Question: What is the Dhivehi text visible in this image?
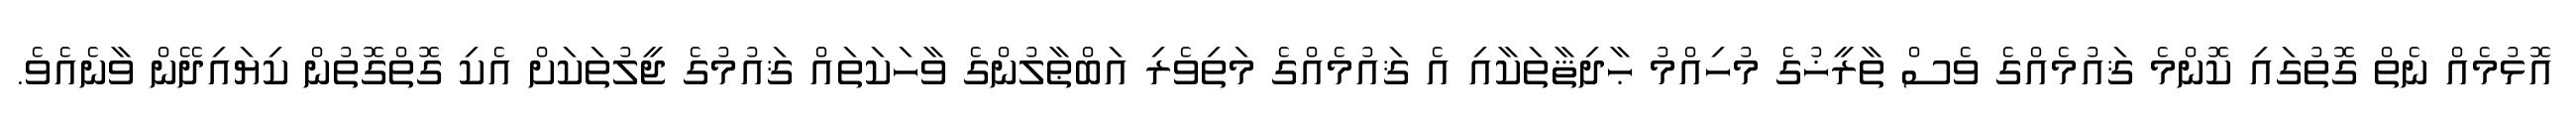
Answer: އޮޅުމެއް ނެތް ގޮތުގައި ކޮންމެ ޤައުމެއްގެ ވެސް ތާރީޚުގެ މުހިއްމު ޙާދިޘާތަކާއި އެ ޤައުމެއްގެ މަތިވެރި އަބްޠާލުންގެ ވާހަކަތައް ޤައުމުގެ ޖީލުތަކަށް އެކި ގޮތްގޮތުން ކިޔައިދޭން ވާނެއެވެ.